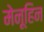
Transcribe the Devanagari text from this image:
मेनूहिन